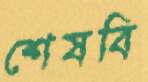
শেষবি